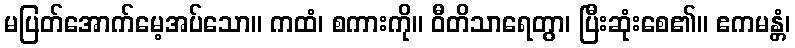
မပြတ်အောက်မေ့အပ်သော။ ကထံ၊ စကားကို။ ဝီတိသာရေတွာ၊ ပြီးဆုံးစေ၏။ ဧကမန္တံ၊